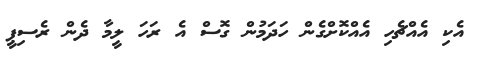
އެކި އެއްޗެހި އެއްކޮށްގެން ހަދަމުން ގޮސް އެ ރަހަ ލީމާ ދެން ރެސިޕީ